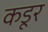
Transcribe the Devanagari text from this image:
कडूर